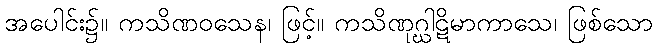
အပေါင်း၌။ ကသိဏဝသေန၊ ဖြင့်။ ကသိဏုဂ္ဃါဋိမာကာသေ၊ ဖြစ်သော